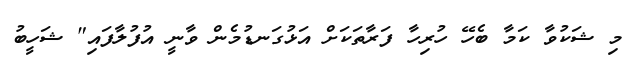
މި ޝަކުވާ ކަމާ ބެހޭ ހުރިހާ ފަރާތަކަށް އަޅުގަނޑުމެން ވާނީ އުފުލާފައި" ޝަހީބު